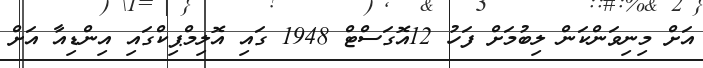
އަށް މިނިވަންކަން ލިބުމަށް ފަހު 12އޮގަސްޓް 1948 ގައި އޮލިމްޕިކްގައި އިންޑިއާ އަށް